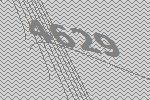
4629